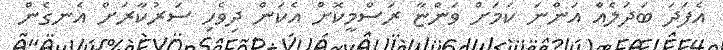
އެފަދަ ބަދަލެއް އަންނަ ކަމަށް ވަންޏާ ރަސްމީކޮށް އެކަން ދިވެހި ސަރުކާރަށް އެނގެން